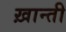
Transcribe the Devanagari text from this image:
ख़ान्ती